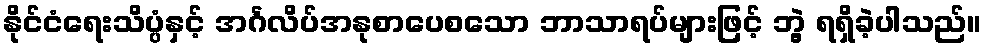
နိုင်ငံရေးသိပ္ပံနှင့် အင်္ဂလိပ်အနုစာပေစသော ဘာသာရပ်များဖြင့် ဘွဲ့ ရရှိခဲ့ပါသည်။